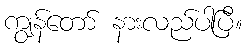
ကျွန်တော် နားလည်ပါပြီ။